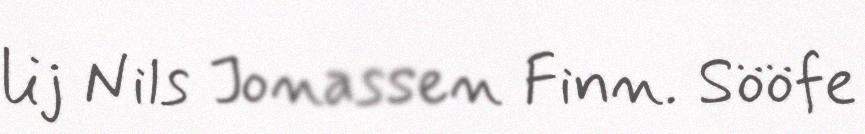
lij Nils Jonassen Finn. Sööfe